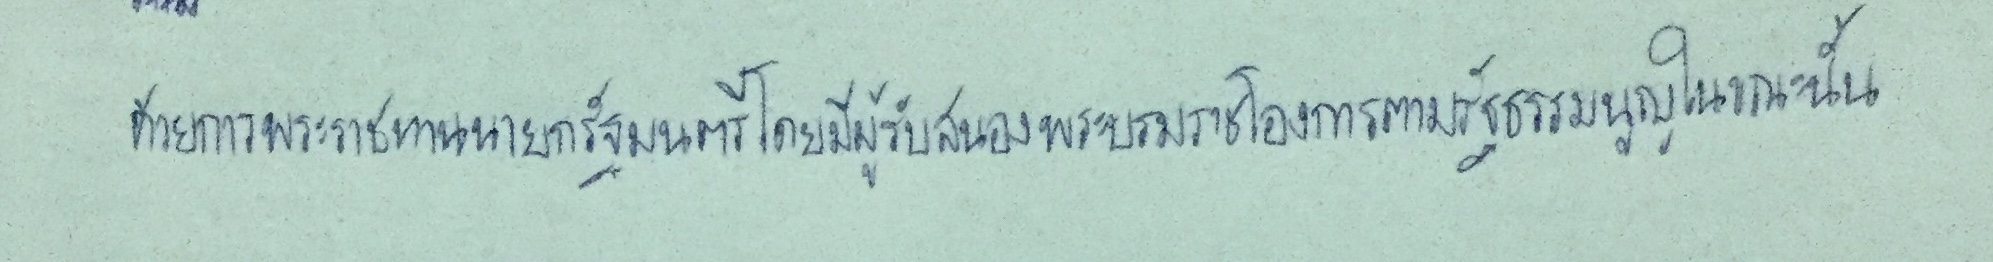
ด้วยการพระราชทานนายกรัฐมนตรีโดยมีผู้รับสนองพระบรมราชโองการตามรัฐธรรมนูญในขณะนั้น